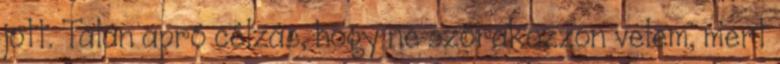
jött. Talán apró célzás, hogy ne szórakozzon velem, mert